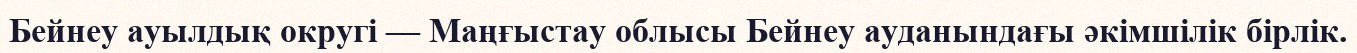
Бейнеу ауылдық округі — Маңғыстау облысы Бейнеу ауданындағы әкімшілік бірлік.